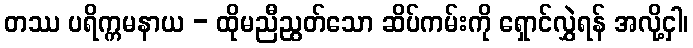
တဿ ပရိက္ကမနာယ - ထိုမညီညွတ်သော ဆိပ်ကမ်းကို ရှောင်လွှဲရန် အလို့ငှါ၊